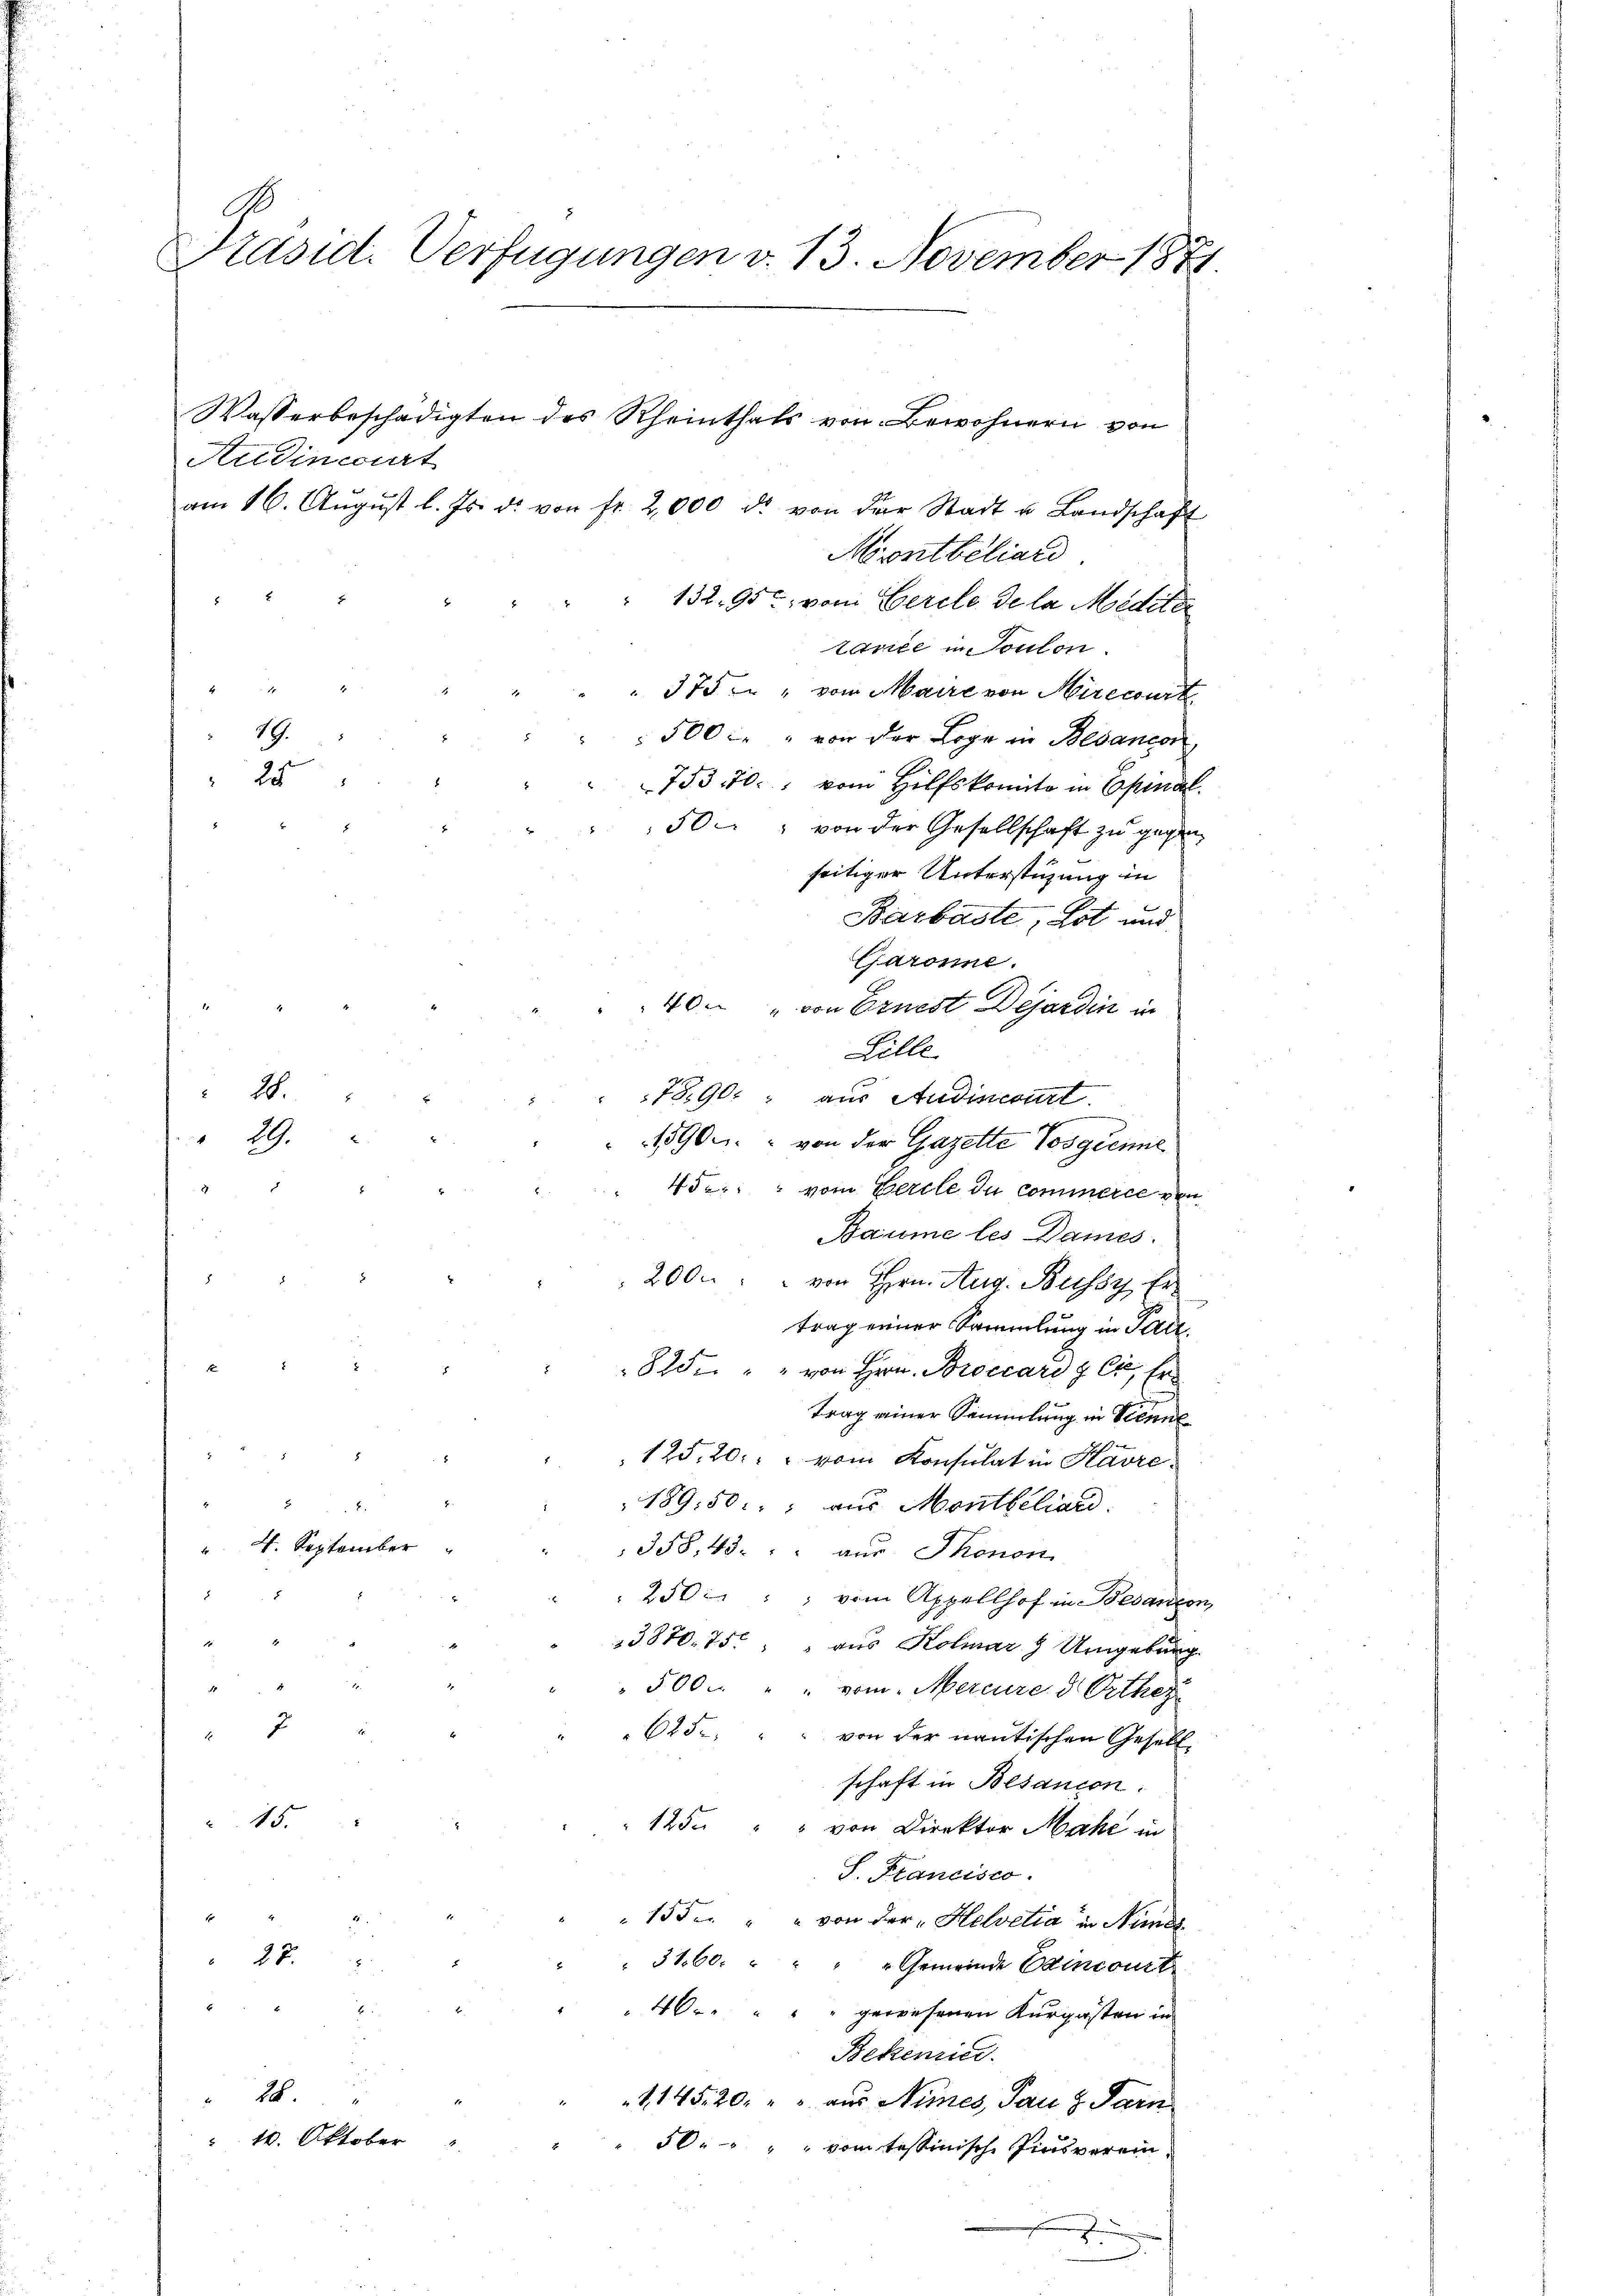
G
Präsid. Verfügungen v. 13. November 1881.

Rudincourt
am 16. Aŭgŭst l. Js. d. von fr. 2,000 d. von der Stadt u. Landschaft
Montbiliard
" 132. 95, von Gerole de la Medite
tance in Toulon.
375 " vom Maire von Hirecourt
500 " " von der Loge in Bedancor
753. 70. vom Hilfskomite in Epinal
50 " von der Gesellschaft zu gegen
seitiger Unterstüzung in
Barbaste, Lot und
Garonne.
40 " von Ernest Dejardin in
Zille.
7890: aus Audincourt
190. " von der Gazelte Vosgienne
452 vom Gerile du commerce von
Baume les Dames.
i
200 " " von Hrn. Aug. Bussy Ertrag einer Sammlung in Pare
825. " " von Hrn. Broccard & Cie, Er
trag einer Sammlung in Scenn
125. 20: " vom Konsulat in Havrez
189. 50. aus Montbiliard.
 4. September
358, 45. " " aus Thonon
8
250: " vom Appellhof in Besanten,
13870. 75. " " aus Kolmar 9 Umgebung.
4
500 . " " vom Mercure d Oetkez
2
625. " " von der nantischen Gesellschaft in Besancon:
45.
125. " " von Direktor Make in
S. Francisco
155. " " von der „Helvetia in Ninds
 27.
" 3160. " " " " Gemeinde Beincourt
40 " " " gewesenen Kurgästen in
Bekenice.
28.
114520. " " aus Nimes, Panz. Sarn
 10. Oktober
" 50. " " vom tessinische Zinsverein¬
J

19.
 25

28.
29.

Wasserbeschädigten des Rheinthals von Bewohnern von